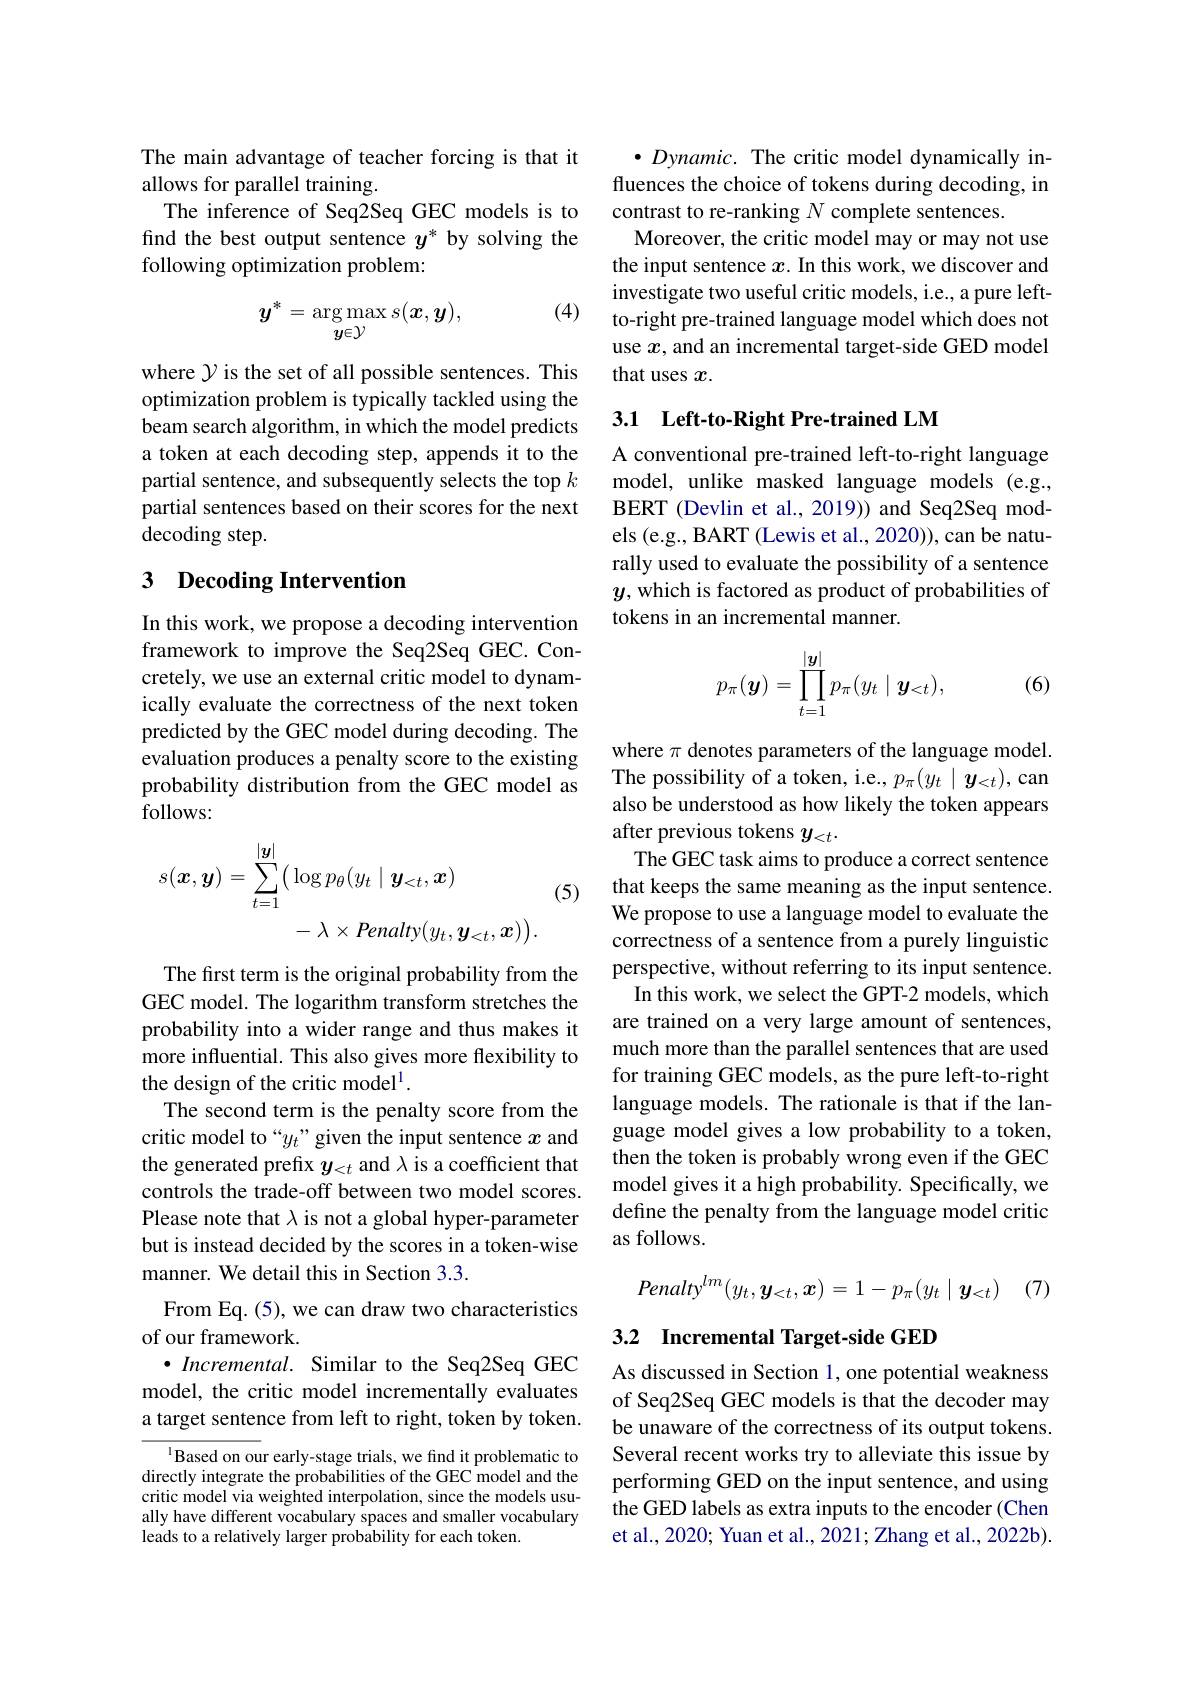
The main advantage of teacher forcing is that it
allows for parallel training.
The inference of Seq2Seq GEC models is to find the best output sentence $y^*$ by solving the following optimization problem:

(4)
$$y^*=\underset{y\in\mathcal{Y}}{\operatorname*{\arg\max}}s(\boldsymbol{x},\boldsymbol{y}),$$
where $\mathcal{Y}$ is the set of all possible sentences. This optimization problem is typically tackled using the beam search algorithm, in which the model predicts a token at each decoding step, appends it to the partial sentence, and subsequently selects the top $k$ partial sentences based on their scores for the next decoding step.

## 3 Decoding Intervention

In this work, we propose a decoding intervention framework to improve the Seq2Seq GEC. Concretely, we use an external critic model to dynamically evaluate the correctness of the next token predicted by the GEC model during decoding. The evaluation produces a penalty score to the existing probability distribution from the GEC model as follows:
$$\begin{aligned}s(\boldsymbol{x},\boldsymbol{y})&=\sum_{t=1}^{|\boldsymbol{y}|}\big(\log p_{\theta}(y_{t}\mid\boldsymbol{y}_{<t},\boldsymbol{x})\\&-\lambda\times Penalty(y_{t},\boldsymbol{y}_{<t},\boldsymbol{x})\big).\end{aligned}$$
(5)

The first term is the original probability from the GEC model. The logarithm transform stretches the probability into a wider range and thus makes it more influential. This also gives more flexibility to the design of the critic model$^1.$
The second term is the penalty score from the critic model to“$y_t”$given the input sentence $x$ and the generated prefix $y_{<t}$ and $\lambda$ is a coefficient that controls the trade-off between two model scores. Please note that $\lambda$ is not a global hyper-parameter but is instead decided by the scores in a token-wise manner. We detail this in Section 3.3.
From Eq. (5), we can draw two characteristics
of our framework.
$\bullet$ Incremental. Similar to the Seq2Seq GEC model, the critic model incrementally evaluates a target sentence from left to right, token by token.

$^{1}$Based on our early-stage trials, we find it problematic to directly integrate the probabilities of the GEC model and the critic model via weighted interpolation, since the models usually have different vocabulary spaces and smaller vocabulary leads to a relatively larger probability for each token.

$\bullet Dynamic.$ The critic model dynamically influences the choice of tokens during decoding, in contrast to re-ranking $N$ complete sentences.
Moreover, the critic model may or may not use the input sentence $x$. In this work, we discover and investigate two useful critic models, i.e., a pure leftto-right pre-trained language model which does not use $x$,and an incremental target-side GED model that uses $x.$

## 3.1 Left-to-Right Pre-trained LM

A conventional pre-trained left-to-right language model, unlike masked language models (e.g., BERT (Devlin et al., 2019)) and Seq2Seq models (e.g., BART (Lewis et al., 2020)), can be naturally used to evaluate the possibility of a sentence $y$, which is factored as product of probabilities of tokens in an incremental manner.
$$p_\pi(\boldsymbol{y})=\prod\limits_{t=1}^{|\boldsymbol{y}|}p_\pi(y_t\mid\boldsymbol{y}_{<t}),$$
(6)

where $\pi$ denotes parameters of the language model. The possibility of a token, i.e., $p_\pi(y_t\mid y_{<t})$, can also be understood as how likely the token appears after previous tokens $y_{<t}.$
The GEC task aims to produce a correct sentence that keeps the same meaning as the input sentence. We propose to use a language model to evaluate the correctness of a sentence from a purely linguistic perspective, without referring to its input sentence.
In this work, we select the GPT-2 models, which are trained on a very large amount of sentences, much more than the parallel sentences that are used for training GEC models, as the pure left-to-right language models. The rationale is that if the language model gives a low probability to a token, then the token is probably wrong even if the GEC model gives it a high probability. Specifically, we define the penalty from the language model critic as follows.
$$Penalty^{lm}(y_t,\boldsymbol{y}_{<t},\boldsymbol{x})=1-p_\pi(y_t\mid\boldsymbol{y}_{<t})$$
(7)

## 3.2 Incremental Target-side GED

As discussed in Section 1, one potential weakness of Seq2Seq GEC models is that the decoder may be unaware of the correctness of its output tokens. Several recent works try to alleviate this issue by performing GED on the input sentence, and using the GED labels as extra inputs to the encoder (Chen et al., 2020; Yuan et al., 2021; Zhang et al., 2022b).